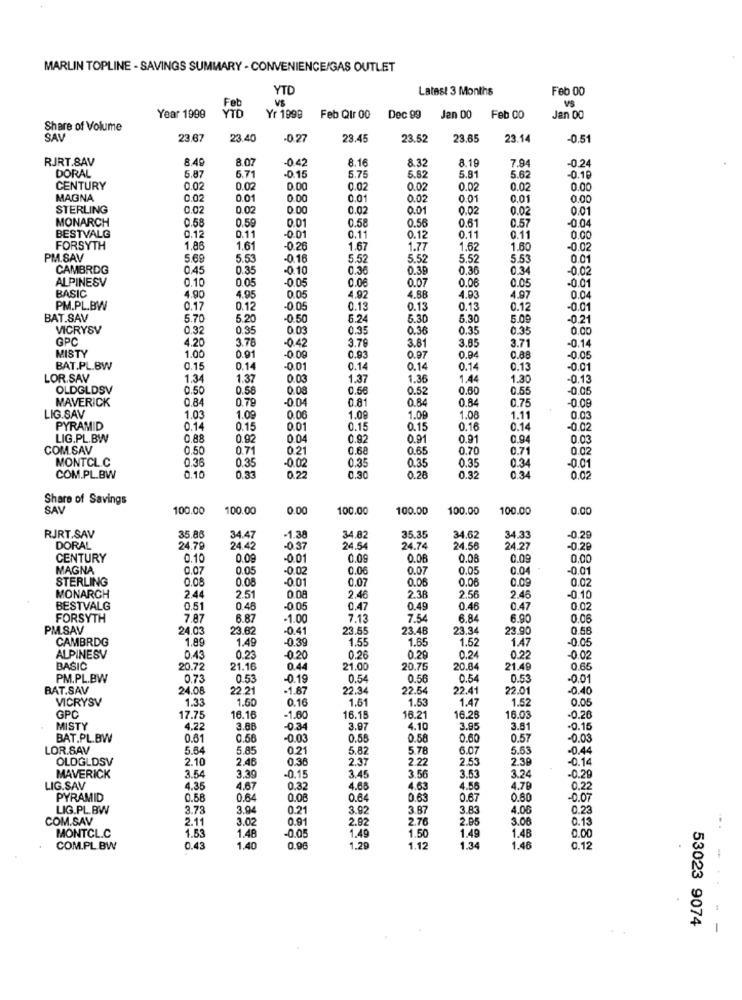
MARLIN TOPLINE - SAVINGS SUMMARY - CONVENIENCE/GAS OUTLET
YTD
Latest 3 Months
Feb 00
YTD
Feb
Year 1999
Yr 1999
Feb Qir 00
Dec 99
Jen DO
Feb 00
Jan 00
Share of Volume
SAV
23.67
23.40
-0.27
23.45
23.52
23.65
23.14
-0.51
RJRT.SAV
8.49
8.07
-0.42
8.16
8.32
8.19
7.94
-0,24
-0.15
5.75
5.82
5.81
5.62
DORAL
5.87
6.71
-0.19
CENTURY
0.02
0.02
0.00
0.02
0.02
0.02
0.02
0.00
MAGNA
0.02
0.01
0.00
0.01
0.02
0.01
0.01
0.00
STERLING
0.02
0.00
0.02
0.01
0.02
0.02
0.01
MONARCH
0.59
0.61
-0.04
0.58
0.11
0.01
0.58
0.56
0.57
BESTVALG
0.12
-0.01
0.11
0.12
0.11
0.11
0.00
FORSYTH
1.86
1.61
-0.26
1.67
1.77
1.62
1.60
PM.SAV
5.69
5.53
-0.16
5.52
5.52
5.52
5.53
0.01
CAMBRDG
0.45
0.35
-0.10
0.36
0.39
0.36
0.34
-0.02
ALPINESV
-0.05
0.06
0.07
0.06
0.05
BASIC
0.10
0.05
-0.01
4.90
4.95
4.92
4.88
4.93
4.97
0.04
PM.PL.BW
0.17
0.12
-0.05
0.13
0.13
0.13
0.12
-0.01
BAT.SAV
5.70
5.20
-0.50
5.24
5.30
5.30
5.09
-0.21
VICRYSV
0.32
0.35
0.03
0.35
0.36
0.35
0.35
O
GPC
4.20
3.78
-0.42
3.79
3.81
3.85
3.71
0.91
0.93
-0.14
MISTY
1.00
-0.09
0.97
0.94
0.88
-0.0
BAT.PL.BW
0.15
0.14
-0.01
0.14
0.14
0.14
0.13
-0.01
LOR.SAV
1.34
1.37
0.03
1.37
1.36
1.44
1.30
-0.13
OLDGLDSV
0.50
0.56
0.08
0.56
0.5
0.60
0.55
-0.05
MAVERICK
0.84
0.79
-0.04
0.81
0.84
0.84
0.75
-0.09
LIG.SAV
1.03
1.09
0.06
1.08
1.00
1.08
1.11
0.0
PYRAMID
0.14
0.15
0.01
0.15
0.15
0.16
0.14
-0.02
LIG.PL.BW
0.88
0.92
0.04
0.92
0.91
0.91
0.94
0.03
COM.SAV
0.50
0.71
0.21
0.68
0.65
0.70
0.71
0.02
MONTCL.C
0.36
0.35
-0.02
0.35
0.35
0.35
0.34
-0.0
COM.PL.BW
0.10
0.33
0.30
0.28
0.32
0.34
0.02
Share of Savings
SAV
100.00
100.00
0.00
100.00
100.00
100.00
100.00
0.00
RJRT.SAV
35.86
34.47
-1.38
34,82
35.35
34.62
34.33
-0.29
DORAL
24.79
24.42
-0 37
24.54
24.74
24.56
24.27
-0.29
CENTURY
0.1
0.09
-0.01
0.09
0.08
0.00
MAGNA
0.07
0.05
-0.02
0.06
0.07
0.05
0.04
-0.01
STERLING
0.08
0.08
-0.01
0.07
0.06
0,06
0.09
0.02
MONARCH
2.44
2.51
0.08
2.46
2.38
2.56
2.45
-0.10
BESTVALG
0.51
0.46
-0.05
0.47
0.49
0.46
0.47
0.02
FORSYTH
7.8
6.87
-1.00
7.13
7.54
6.84
6.90
0.06
PM.SAV
24.0
23.82
-0.41
23.55
23.46
23.34
23.90
0.58
CAMBRDG
1.89
1.49
-0.39
1.55
1.65
1.52
1.47
-0.05
ALPINESV
0.43
0.23
-0.20
0.26
0.29
0.24
0.22
-0.02
BASIC
20.72
21.16
0.44
21.00
20.75
20.84
21.49
0.65
PM.PL.BW
0.73
0.53
-0.19
0.54
0.56
0.54
0.53
-0.01
BAT.SAV
24.08
22.21
-1.87
22.34
22.54
22.41
22.01
0.40
VICRYSV
1.33
1.50
0.16
1.61
1.53
1.47
1.52
0.0
GPC
17.75
16.16
-1.60
16.15
16.21
16.2
16.03
-0.26
MISTY
4.22
3.88
-0.34
3.97
4.10
3.95
3.81
-0.15
BAT.PL.BW
0.61
0.58
-0.03
0.55
0.58
0.60
0.57
-0.03
LOR.SAV
5.64
5.85
0.21
5.82
5.78
6.07
5.5
-0.44
OLOGLDSV
2.10
2.48
0.36
2.37
2.22
2.53
2.36
-0.14
3.24
MAVERICK
3.54
3.39
-0.1.
3.45
3.56
3.53
-0.29
LIG.SAV
4.35
4.67
0.32
4.68
4.63
4.56
4.79
0.22
PYRAMID
0.58
0.64
0.00
0.64
0.63
0.67
0.60
-0.07
LIG.PL. BW
3.73
3.94
0.21
3.92
3.87
3.83
4.00
0.23
COM.SAV
2.11
3.02
0.91
2.92
2.76
2.95
3.08
0.13
MONTCL.C
1.53
-0.05
1.49
1.50
1.49
1.48
1.48
0.00
COM.PL. BW
0.43
1.40
0.96
1.29
1.12
1.34
1.46
0.1;
-
53023 9074
-